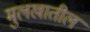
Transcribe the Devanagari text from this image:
मुलखातील